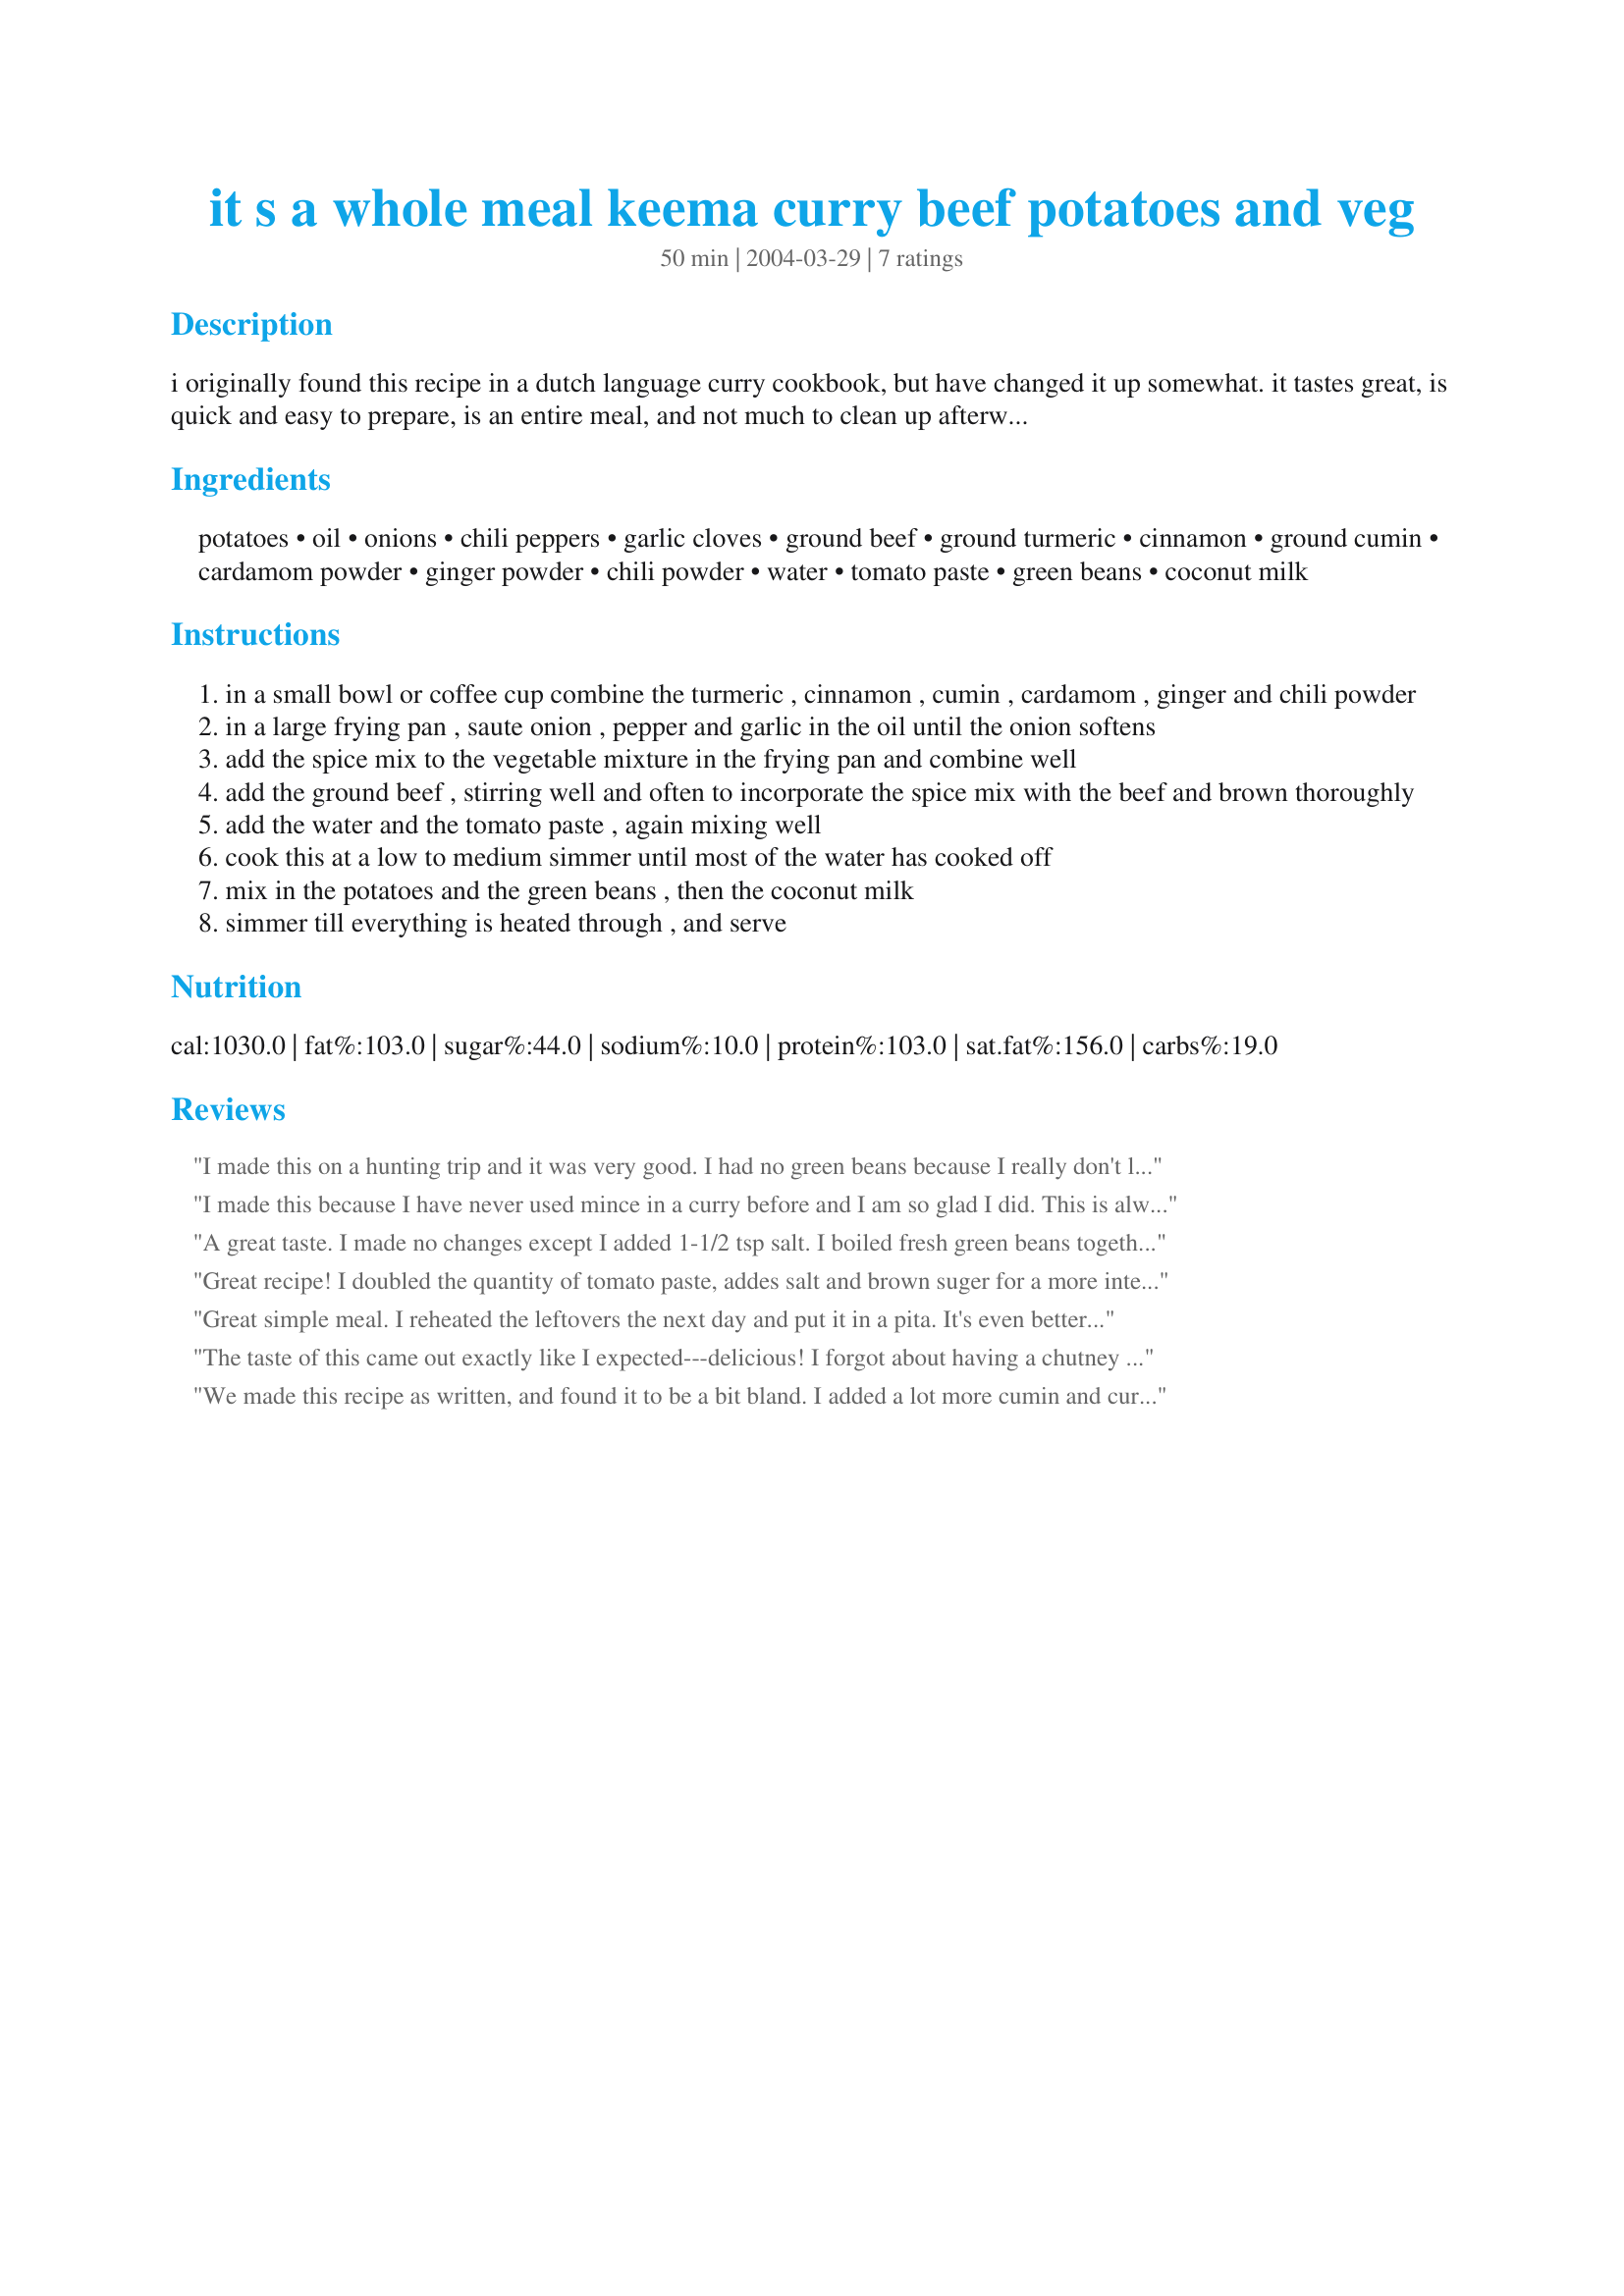
it s a whole meal keema curry beef potatoes and veg
Preparation time: 50 minutes

i originally found this recipe in a dutch language curry cookbook, but have changed it up somewhat. it tastes great, is quick and easy to prepare, is an entire meal, and not much to clean up afterwards. i would say the leftovers taste terrific cold the following day, but we rarely have anything to save!

Ingredients:
potatoes, oil, onions, chili peppers, garlic cloves, ground beef, ground turmeric, cinnamon, ground cumin, cardamom powder, ginger powder, chili powder, water, tomato paste, green beans, coconut milk

Steps:
in a small bowl or coffee cup combine the turmeric , cinnamon , cumin , cardamom , ginger and chili powder
in a large frying pan , saute onion , pepper and garlic in the oil until the onion softens
add the spice mix to the vegetable mixture in the frying pan and combine well
add the ground beef , stirring well and often to incorporate the spice mix with the beef and brown thoroughly
add the water and the tomato paste , again mixing well
cook this at a low to medium simmer until most of the water has cooked off
mix in the potatoes and the green beans , then the coconut milk
simmer till everything is heated through , and serve

Reviews:
I made this on a hunting trip and it was very good. I had no green beans because I really don't like them so I did not miss them, the taste was great I will make it again.
I made this because I have never used mince in a curry before and I am so glad I did. This is always lovely and a few times I have made this with some frozen peas instead of beans which we find to be delicious also. Thankyou, FlemishMinx!
A great taste. I made no changes except I added 1-1/2 tsp salt. I boiled fresh green beans together with the potatoes then used 1 cup of water from that in the recipe. I will make this again.
Great recipe FlemishMinx.
Great recipe! I doubled the quantity of tomato paste, addes salt and brown suger for a more intense flavour. There was enough to feed 2 of us for dinner and have the left-overs in a wrap for lunch the next day. Yum!!
Great simple meal. I reheated the leftovers the next day and put it in a pita. It's even better reheated.
The taste of this came out exactly like I expected---delicious! I forgot about having a chutney or sweet sauce so it was left a bit and the flavours did meld together very nicely and was even better tasting. There was enough to feed four of us and we were VERY full. Thank you for posting!
We made this recipe as written, and found it to be a bit bland. I added a lot more cumin and curry, but it could have still used more. It was pretty good, but 
I will probably add more salt next time and more spices. Also we thought about trying it with cubes of beef instead of ground beef. On the plus side, it was very easy to make and would freeze very well, with a little tweaking might be a great time saver for a busy week. If we make it again I will update my review.
